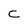
Character: C